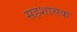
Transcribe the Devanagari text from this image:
सहशासक